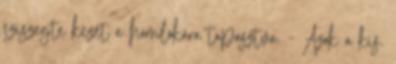
sziszegte kezét a homlokára tapasztva. - Azok a kis.